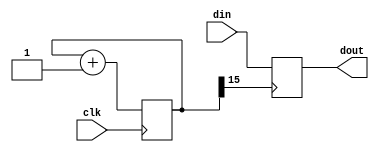
module unchatter(din, clk, dout);
	input clk;
	input din;
	output  dout;
	reg [15:0] cnt=0;
	reg dff=0;
	wire c_clk, sw_out;
	
	//16bit Counter
	always @(posedge clk) begin
		cnt=cnt+1;
	end
	
	//switch latch
	always @(posedge cnt[15]) begin
		dff=din;
	end
	assign dout=dff;
	
endmodule